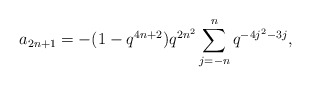
\begin{align*} a_{2n+1} = -(1-q^{4n+2})q^{2n^2}\sum_{j=-n}^{n}q^{-4j^2-3j},\end{align*}